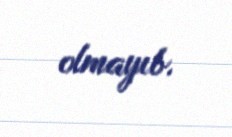
olmayıb.